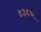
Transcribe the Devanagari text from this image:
९३९६